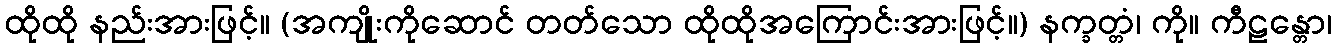
ထိုထို နည်းအားဖြင့်။ (အကျိုးကိုဆောင် တတ်သော ထိုထိုအကြောင်းအားဖြင့်။) နက္ခတ္တံ၊ ကို။ ကီဠန္တော၊